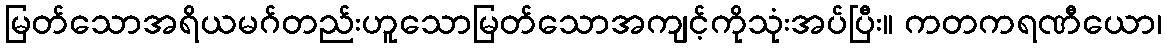
မြတ်သောအရိယမဂ်တည်းဟူသောမြတ်သောအကျင့်ကိုသုံးအပ်ပြီး။ ကတကရဏီယော၊